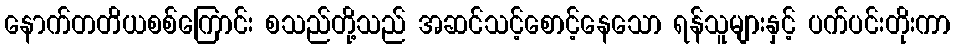
နောက်တတိယစစ်ကြောင်း စသည်တို့သည် အဆင်သင့်စောင့်နေသော ရန်သူများနှင့် ပက်ပင်းတိုးကာ